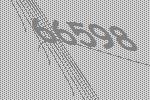
66598